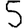
Digit: 5